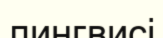
лингвисі